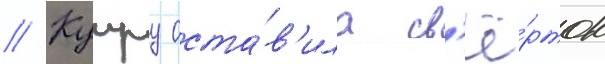
// Кумру оста́в'ила св'ё́рток